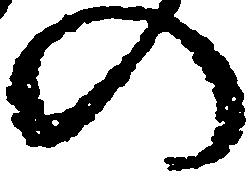
の